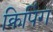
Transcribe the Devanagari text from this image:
क्रिपिंग